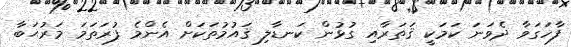
ފާހަގަވާ ދެވަނަ ކަމަކީ ޤަތަރާއި ގުޅުން ކަނޑާލި ޤައުމުތަކަށް އެންމެ ފުރަތަމަ މަރުޙަބާ